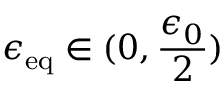
\epsilon _ { \mathrm { e q } } \in ( 0 , \frac { \epsilon _ { 0 } } { 2 } )